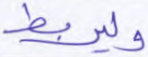
وليربط